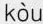
kòu